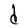
Character: d